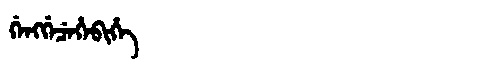
Manchu: ᡤᡝᠩᡤᡝᠴᡝᡥᡝᠪᡳᡥᡝ
Romanization: GENGGECEHEBIHE